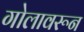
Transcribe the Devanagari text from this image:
गोलावरून